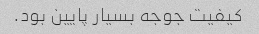
کیفیت جوجه بسیار پایین بود.